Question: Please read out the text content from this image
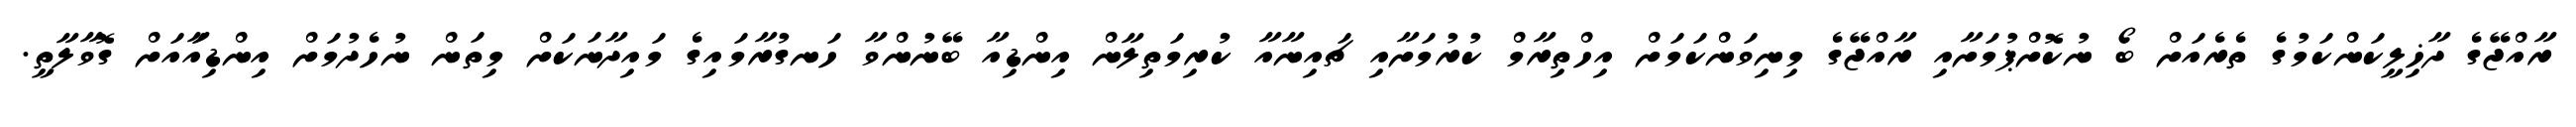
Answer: ރާއްޖޭގެ ދާޚިލީކަންކަމުގެ ތެރެއަށް ބޯ ނުކޮށްޕުމަށާއި ރާއްޖޭގެ މިނިވަންކަމަށް އިހްތިރާމް ކުރުމަށާއި ޗައިނާއާ ކުރިމަތިލާން އިންޑިއާ ބޭނުންވާ ހަނގުރާމައިގެ މައިދާނަކަށް މިތަން ނުހެދުމަށް އިންޑިއާައަށް ގޮވާލާތީ.